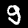
Label: 9